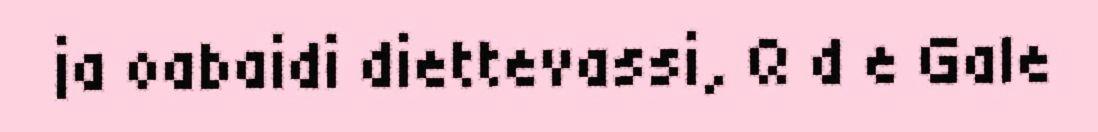
ja oabaidi diettevassi, Q d e Gale